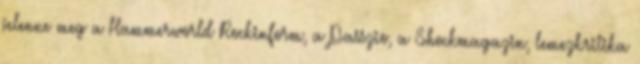
jelenne meg a Hammerworld Rockinform, a Passzio, a Shockmagazin, lemezkritika